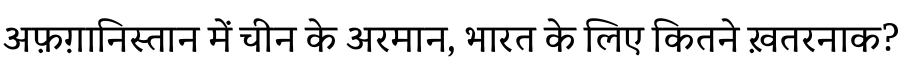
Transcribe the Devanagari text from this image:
अफ़ग़ानिस्तान में चीन के अरमान, भारत के लिए कितने ख़तरनाक?